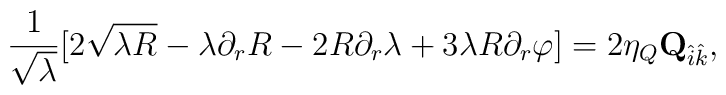
{1\over \sqrt{\lambda}}[2\sqrt{\lambda R} - \lambda \partial_r R -2R\partial_r \lambda + 3\lambda R \partial_r \varphi] =2\eta_Q {\bf Q}_{\hat i\hat k},